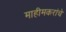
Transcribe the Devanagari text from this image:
माहीमकरांचे